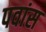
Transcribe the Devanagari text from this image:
पवांस